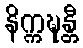
နိက္ကဍ္ဎန္တီ